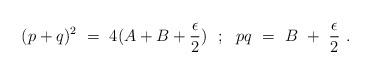
LaTeX: \begin{align*}(p+q)^{2}~=~4(A+B+ \frac{\epsilon}{2})~~;~~pq~=~B~+~\frac{\epsilon}{2}~.\end{align*}